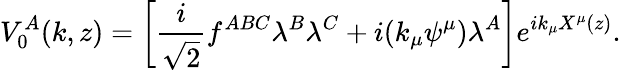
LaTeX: V_{0}^{A}(k,z)=\left[\frac{i}{\sqrt{2}}f^{ABC}\lambda^{B}\lambda^{C}+i(k_{\mu}\psi^{\mu})\lambda^{A}\right]e^{ik_{\mu}X^{\mu}(z)}.